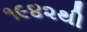
૧૯૪૨થી